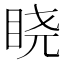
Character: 𬑒